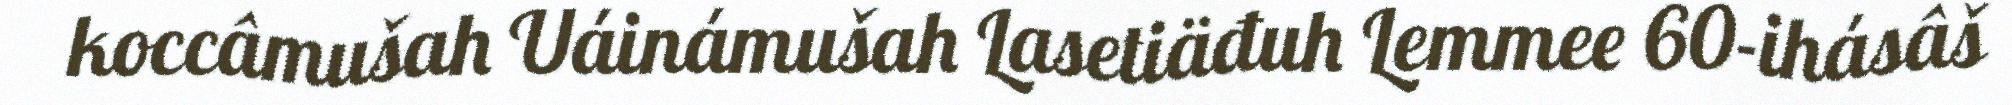
koccâmušah Uáinámušah Lasetiäđuh Lemmee 60-ihásâš